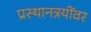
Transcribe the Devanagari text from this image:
प्रस्थानत्रयींवर